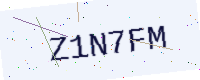
Text: Z1N7FM